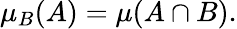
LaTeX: \mu_{B}(A)=\mu(A\cap B).